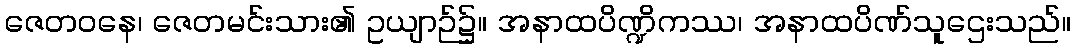
ဇေတဝနေ၊ ဇေတမင်းသား၏ ဥယျာဉ်၌။ အနာထပိဏ္ဍိကဿ၊ အနာထပိဏ်သူဌေးသည်။